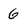
Character: 6